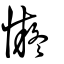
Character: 懝